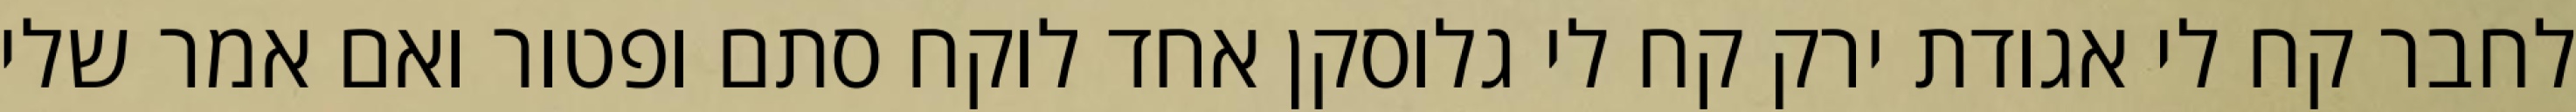
לחבר קח לי אגודת ירק קח לי גלוסקן אחד לוקח סתם ופטור ואם אמר שלי